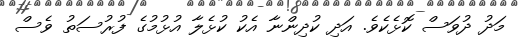
މަދު ދުވަސް ކޮޅެކެވެ. އަދި ކުދިންނާ އެކު ކުޅެލާ އުޅުމުގެ ފުރުސަތު ވެސް